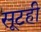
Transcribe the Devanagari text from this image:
सूटही